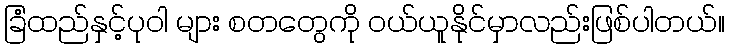
ခြံထည်နှင့်ပုဝါ များ စတတွေကို ဝယ်ယူနိုင်မှာလည်းဖြစ်ပါတယ်။